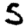
Digit: 5